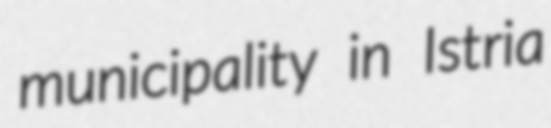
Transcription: municipality in Istria